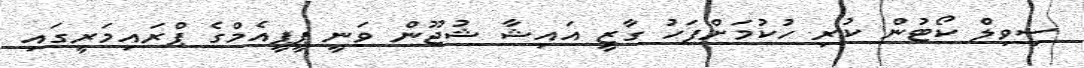
ސިވިލް ކޯޓުން ކުރި ހުކުމަށްފަހު ގާޒީ އައިޝާ ޝުޖޫން ވަނީ ޕީޕީއެމްގެ ޕްރައިމަރީގައި